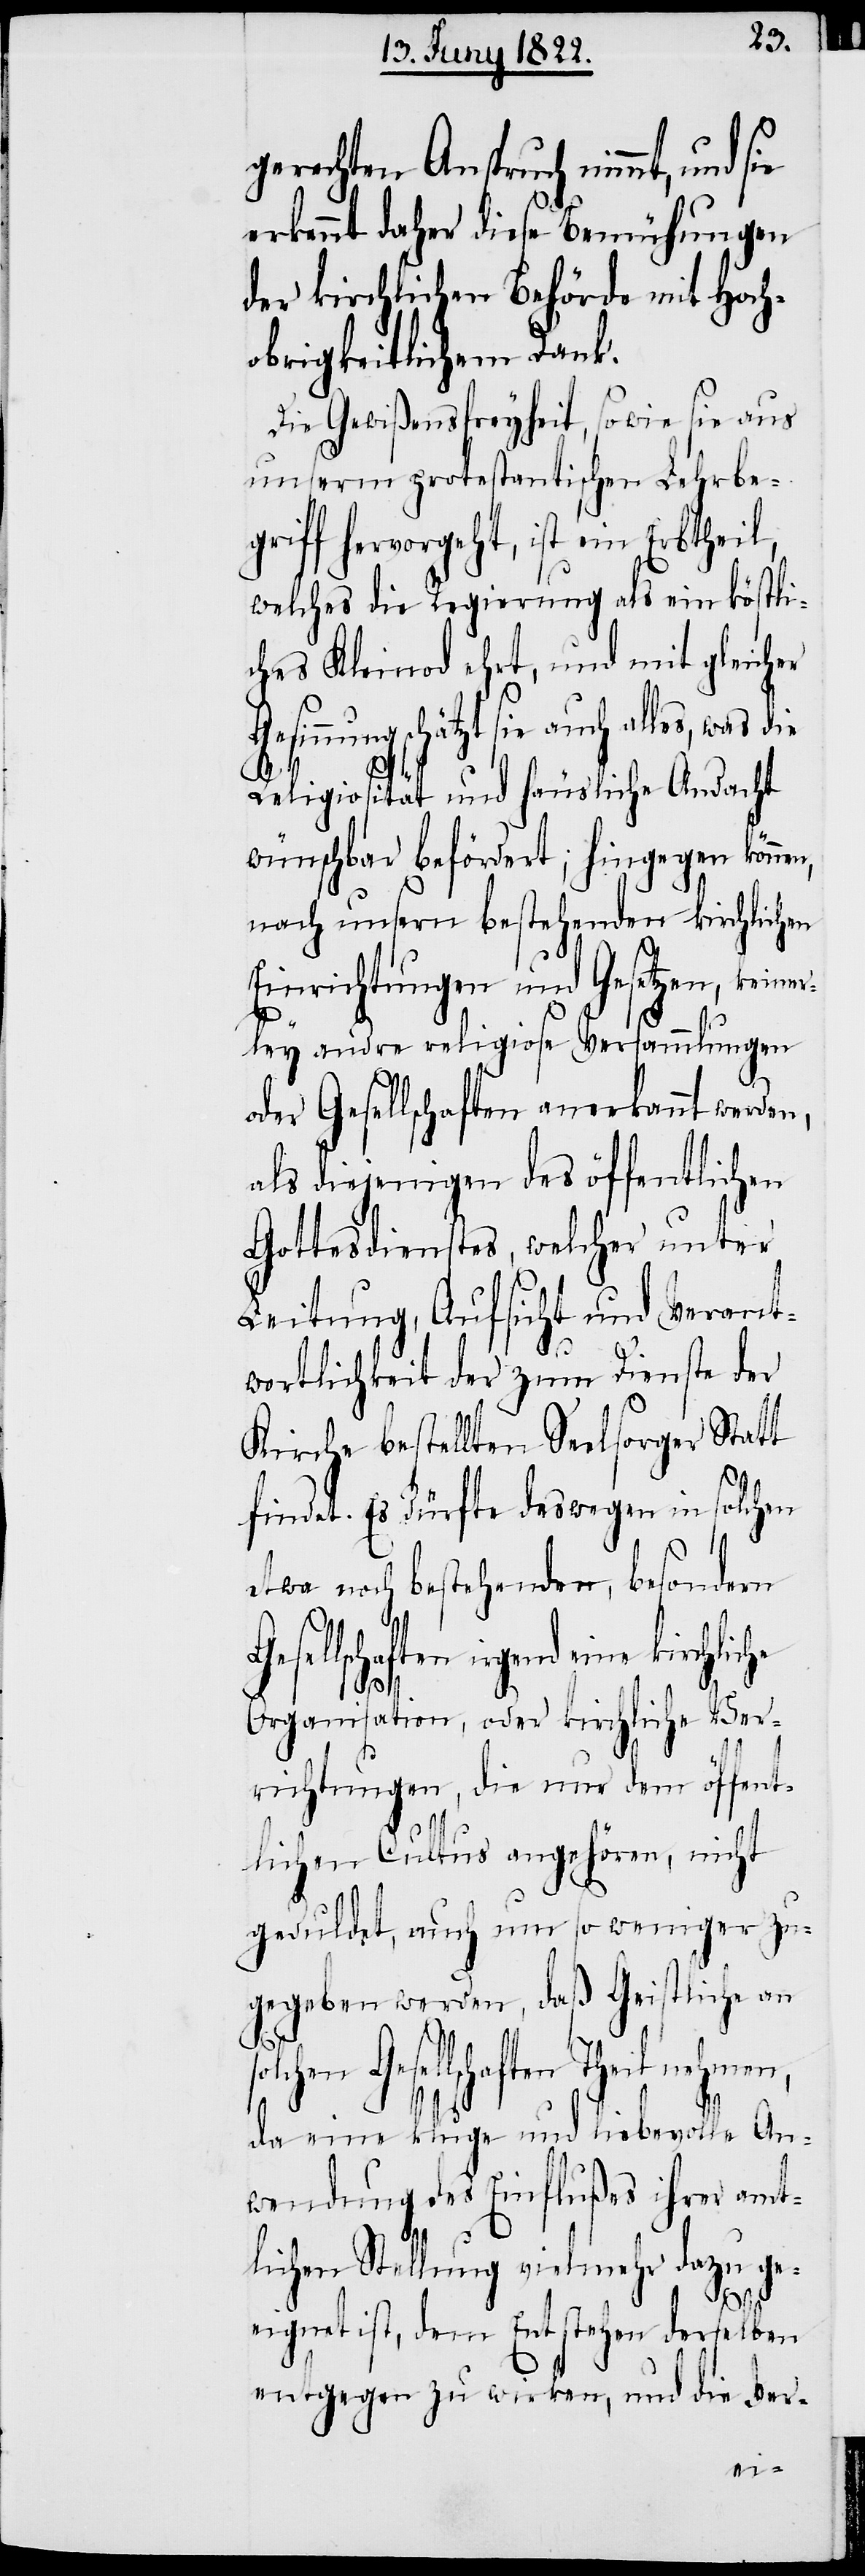
gerechten Anspruch nimmt, und s¬
erkennt daher diese Bemühungen
der kirchlichen Behörde mit Hoch¬
obrigkeitlichem Dank.
Die Gewißensfreyheit, sowie sie aus
unserm protestantischen Lehrbe¬
griff hervorgeht, ist ein Erbtheil,
welches die Regierung als ein köstli¬
ches Kleinod ehrt, und mit gleicher
innung schätzt sie auch alles, was die
Religiosität und häusliche Andacht
wünschbar beförderet; hingegen könne¬
nach unsern bestehenden kirchlichen
Einrichtungen und Gesetzen, keiner¬
ley andre religiose Versammlungen
oder Gesellschaften anerkannt werden,
als diejenigen des öffentlichen
Gottesdienstes, welcher unter
Leitung, Aufsicht und Verant¬
wortlichkeit der zum Dienste der
Kirche bestellten Seelsorger Statt
findet. Es dürfte deswegen in solchen
n,
etwa noch bestehenden, besondern
Organisation, oder kirchliche Ver¬
richtungen, die nur dem öffent¬
lichen Cultus angehören, nicht
geduldet, auch um so weniger zu¬
gegeben werden, daß Geistliche an
so¬
lchen Gesellschaften
da eine kluge und liebevolle An¬
wendung des Einflußes ihrer amt¬
lichen Stellung vielmehr dazu ge¬
eignet ist, dem Entstehen derselben
entgegen zu wirken, und die Ver-